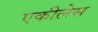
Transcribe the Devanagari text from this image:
एकीलेस